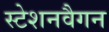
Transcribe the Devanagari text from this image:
स्टेशनवैगन